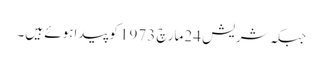
جبکہ شریش 24مارچ 1973 کوپیداہوئے ہیں۔